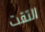
التقت